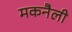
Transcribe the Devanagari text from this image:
मकनैली